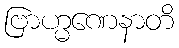
ဗြာဟ္မဏေနာတိ